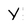
Character: y